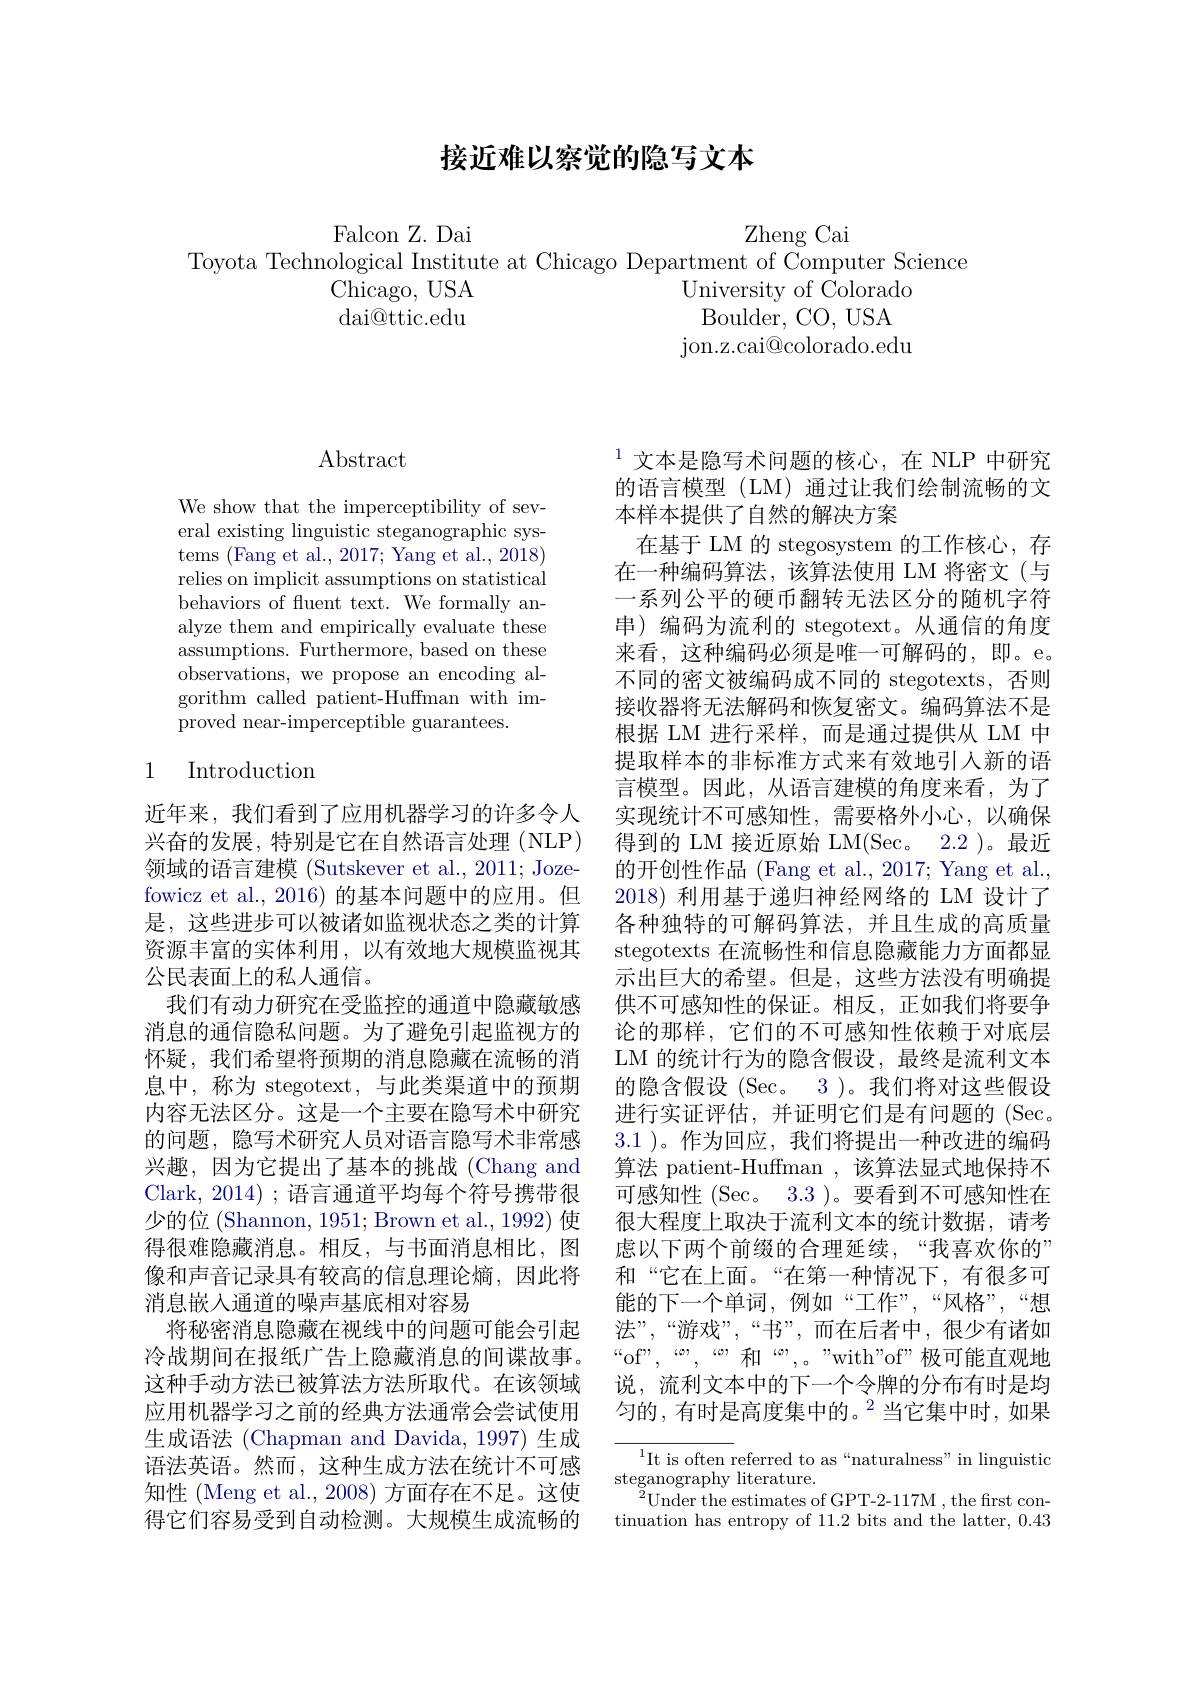
## 接近难以察觉的隐写文本

Falcon Z. Dai

Zheng Cai

Toyota Technological Institute at Chicago Department of Computer Science
Chicago, USA
University of Colorado
Boulder, CO, USA
$\operatorname{dai@ttic.edu}$
jon. z. cai@ colorado. edu

## $\operatorname{Abstract}$

We show that the imperceptibility of several existing linguistic steganographic systems (Fang et al., 2017; Yang et al., 2018) relies on implicit assumptions on statistical behaviors of fluent text. We formally analyze them and empirically evaluate these assumptions. Furthermore, based on these ${\mathrm{observations,~we~propose~an~encoding~al-}}$ gorithm called patient-Huffman with improved near-imperceptible guarantees.

## 1 Introduction

近年来，我们看到了应用机器学习的许多令人兴奋的发展，特别是它在自然语言处理(NLP) 领域的语言建模 (Sutskever et al.,2011; Jozefowicz et al., 2016) 的基本问题中的应用。但是，这些进步可以被诸如监视状态之类的计算资源丰富的实体利用，以有效地大规模监视其公民表面上的私人通信。
我们有动力研究在受监控的通道中隐藏敏感消息的通信隐私问题。为了避免引起监视方的怀疑，我们希望将预期的消息隐藏在流畅的消息中，称为 stegotext, 与此类渠道中的预期内容无法区分。这是一个主要在隐写术中研究的问题，隐写术研究人员对语言隐写术非常感兴趣，因为它提出了基本的挑战(Chang and Clark, 2014) ; 语言通道平均每个符号携带很少的位 (Shannon, 1951; Brown et al., 1992) 使得很难隐藏消息。相反，与书面消息相比，图像和声音记录具有较高的信息理论熵，因此将消息嵌入通道的噪声基底相对容易
将秘密消息隐藏在视线中的问题可能会引起冷战期间在报纸广告上隐藏消息的间谍故事。这种手动方法已被算法方法所取代。在该领域应用机器学习之前的经典方法通常会尝试使用生成语法 (Chapman and Davida,1997) 生成语法英语。然而，这种生成方法在统计不可感知性 (Meng et al., 2008) 方面存在不足。这使得它们容易受到自动检测。大规模生成流畅的

$^{1}$文本是隐写术问题的核心，在 NLP 中研究的语言模型(LM)通过让我们绘制流畅的文本样本提供了自然的解决方案
在基于 LM 的 stegosystem 的工作核心，存在一种编码算法，该算法使用 LM 将密文(与一系列公平的硬币翻转无法区分的随机字符串)编码为流利的 stegotext。从通信的角度来看，这种编码必须是唯一可解码的，即。e。不同的密文被编码成不同的 stegotexts, 否则接收器将无法解码和恢复密文。编码算法不是根据 LM 进行采样，而是通过提供从 LM 中提取样本的非标准方式来有效地引人新的语言模型。因此，从语言建模的角度来看，为了实现统计不可感知性，需要格外小心，以确保得到的 LM 接近原始 LM(Sec。2.2 )。最近的开创性作品 (Fang et al., 2017; Yang et al., 2018) 利用基于递归神经网络的 LM 设计了各种独特的可解码算法，并且生成的高质量stegotexts 在流畅性和信息隐藏能力方面都显示出巨大的希望。但是，这些方法没有明确提供不可感知性的保证。相反，正如我们将要争论的那样，它们的不可感知性依赖于对底层LM 的统计行为的隐含假设，最终是流利文本的隐含假设(Sec。3)。我们将对这些假设进行实证评估，并证明它们是有问题的(Sec。3.1 )。作为回应，我们将提出一种改进的编码算法 patient-Huffman , 该算法显式地保持不可感知性 (Sec。3.3 )。要看到不可感知性在很大程度上取决于流利文本的统计数据，请考虑以下两个前缀的合理延续，“我喜欢你的” 和“它在上面。“在第一种情况下，有很多可能的下一个单词，例如“工作”,“风格”,“想法”,“游戏”,“书”,而在后者中，很少有诸如$“$of",“”,“”,””和”,。”with”of”极可能直观地说，流利文本中的下一个令牌的分布有时是均匀的，有时是高度集中的。$^2$当它集中时，如果
$^{1}$It is often referred to as“naturalness”in linguistic

$\mathop{\mathrm{steganography~literature.}}$
$^{2}$Under the estimates of GPT-2-117M , the frst continuation has entropy of 11.2 bits and the latter, 0.43